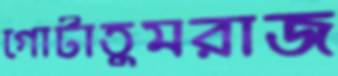
গোটাতুমরাজ